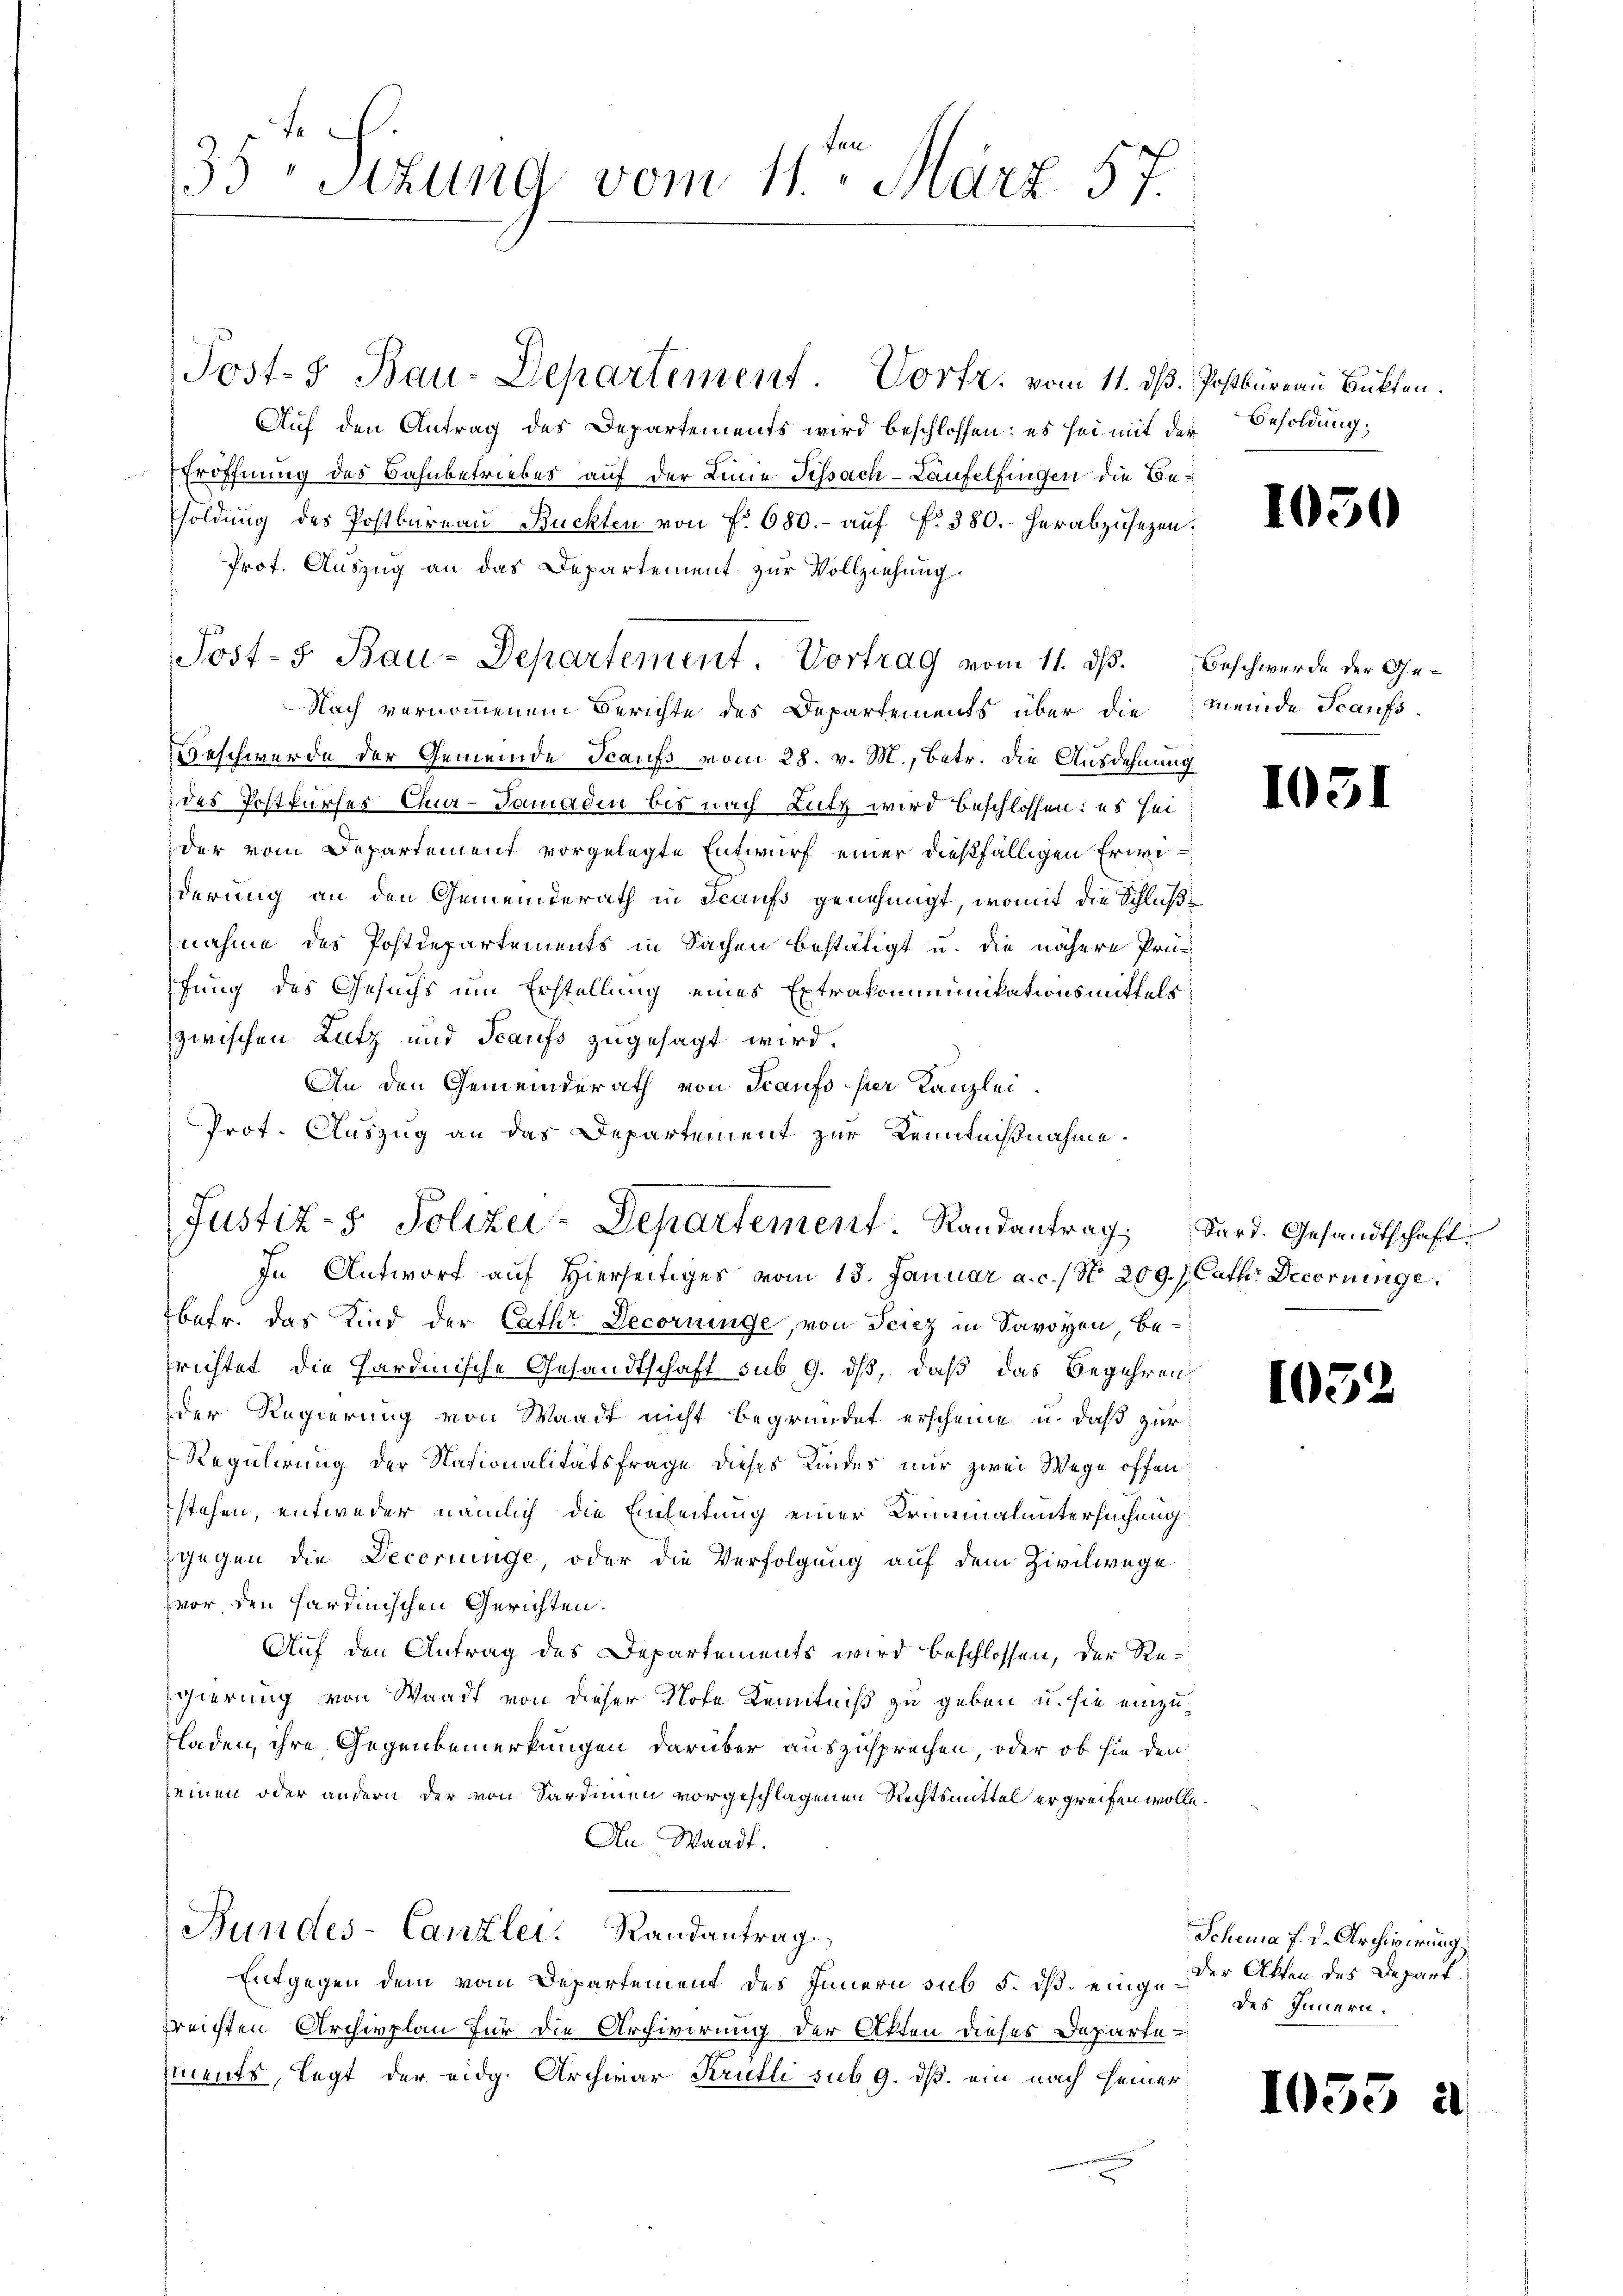
.
35 Sizung vom 11. März 57.

Post- Bau-Departement. Vortr. vom 11. dß. Postbüreau Bukten.
Auf den Antrag des Departements wird beschlossen: es sei mit der Besoldung,
Eröffnung des Bahnbetriebes auf der Linie Fessach-Laufelfingen die Be¬
Foldung des Postbareau Rückten von f. 680.- auf fr. 380. - herabzusetzen:
Prot. Auszug an das Departement zur Vollziehung.
Nach vernommenem Berichte des Departements über die
eschwerde der Gemeinde Staufs vom 28. v. M., betr. die Ausdehnung
des Postkurses Chur-Tamadin bis nach Lutz wird beschlossen: es sei
der vom Departement vorgelegte Entwurf einer dießfälligen Erwederung an den Gemeinderath in Scaufs genehmigt, womit die Schluß
nahme des Postdepartements in Sachen bestätigt u. die nähere Prüfung des Gesuchs um Erstellung eines Extrakommunikationsmittels
zwischen Lutz und Scaufs zugesagt wird.
An den Gemeinderath von Scaufs fuer Kanzlei.
Prot. Auszug an das Departement zur Kenntnißnahme.
In Antwort auf Hierseitiges vom 15. Januar a. c. / No. 209. s. Cath. Decornige,
bafr. Das Kind der Cathe Decoringe, von Feiez in Savoyen, befrichtet die Hardinische Gesandtschaft sub 9. ds, daß das Begehren:
der Regierung von Waadt nicht begründet erscheine u. daß zur
Regulirung der Nationalitätsfrage dieses Kindes nur zwei Wege offen
stehen, entweder nämlich die Einleitung einer Kriminaluntersuchung
gegen die Deceringe, oder die Verfolgung auf dem Zivilwege
vor den sardinischen Gerichten.
Auf den Antrag des Departements wird beschlossen, der Regierung von Waadt von dieser Note Kenntniß zu geben u. sie einzu¬
Fladen, ihre Gegenbemerkungen darüber auszusprechen, oder ob sie den
seinen oder andern der von Sardinien vorgeschlagenen Rechtsmittel ergreifen wolle,
An Waadt.
Bundes-Canzlei. Randantrag
Entgegen dem vom Departement des Innern sub 5. dß. eingerreichten Archivplan für die Artivirung der Akten dieses Departements, legt der eidg. Archivar Krutti sub 9. ds. ein nach seiner

Post-S. Bau-Departement. Vortrag vom 11. dß. Beschwerde der Ge¬

Justiz- & Polizei-Departement. Randantrag dard. Gesandtschaft

10.

meinde Staufs.

103

1.

Schema f. d. Archivirung
der Akten des Depart.
des Innern.

105

¬